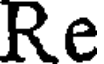
Re